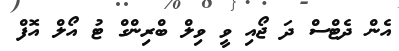
އެން ދެޓްސް ދަ ޖޯއި ވީ ވިލް ބްރިންގް ޓު އޯލް އޮފް